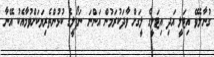
ގުނާލެވޭ އިޓަލީ އަދި އިޓަލީގެ ލީގަށް ވާދަކުރަމުން އަންނަ ނަޕޯލީގެ ކުޅުންތެރިޔަކަށްވުމާއެކު އޭނާ